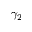
\gamma _ { 2 }